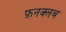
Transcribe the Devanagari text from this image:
फ़नक्लब